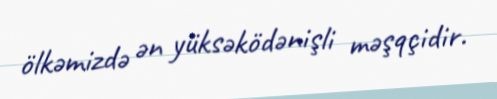
ölkəmizdə ən yüksəködənişli məşqçidir.